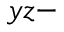
y z -